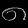
Digit: ၈